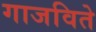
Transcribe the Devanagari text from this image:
गाजविते